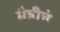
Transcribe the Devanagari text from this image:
मैत्रीचं